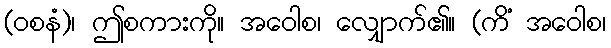
(ဝစနံ)၊ ဤစကားကို။ အဝေါစ၊ လျှောက်၏။ (ကိံ အဝေါစ၊